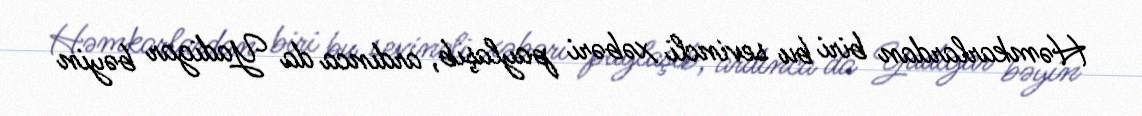
Həmkarlardan biri bu sevincli xəbəri paylaşıb, ardınca da Yadigar bəyin